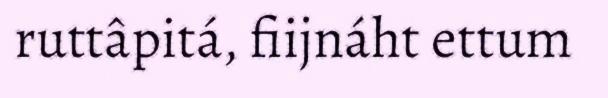
ruttâpitá, fiijnáht ettum